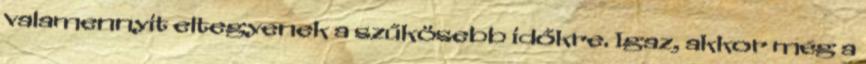
valamennyit eltegyenek a szűkösebb időkre. Igaz, akkor még a